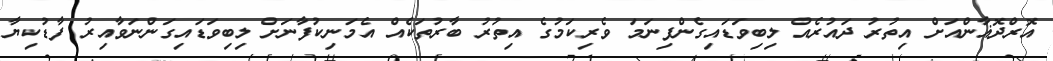
އޮރްދޮޣާންއަށް އިތުރު ދައުރެއް ލިބިވަޑައިގެންފިނަމަ ވެރިކަމުގެ އިތުރު ބާރުތަކެއް އެމަނިކުފާނަށް ލިބިވަޑައިގަންނަވާއިރު ފާޑުކިޔާ